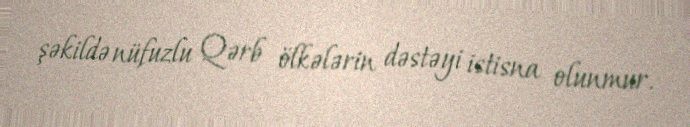
şəkildə nüfuzlu Qərb ölkələrin dəstəyi istisna olunmur.